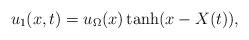
LaTeX: \begin{align*}u_1(x,t) = u_\Omega(x) \tanh(x - X(t)),\end{align*}